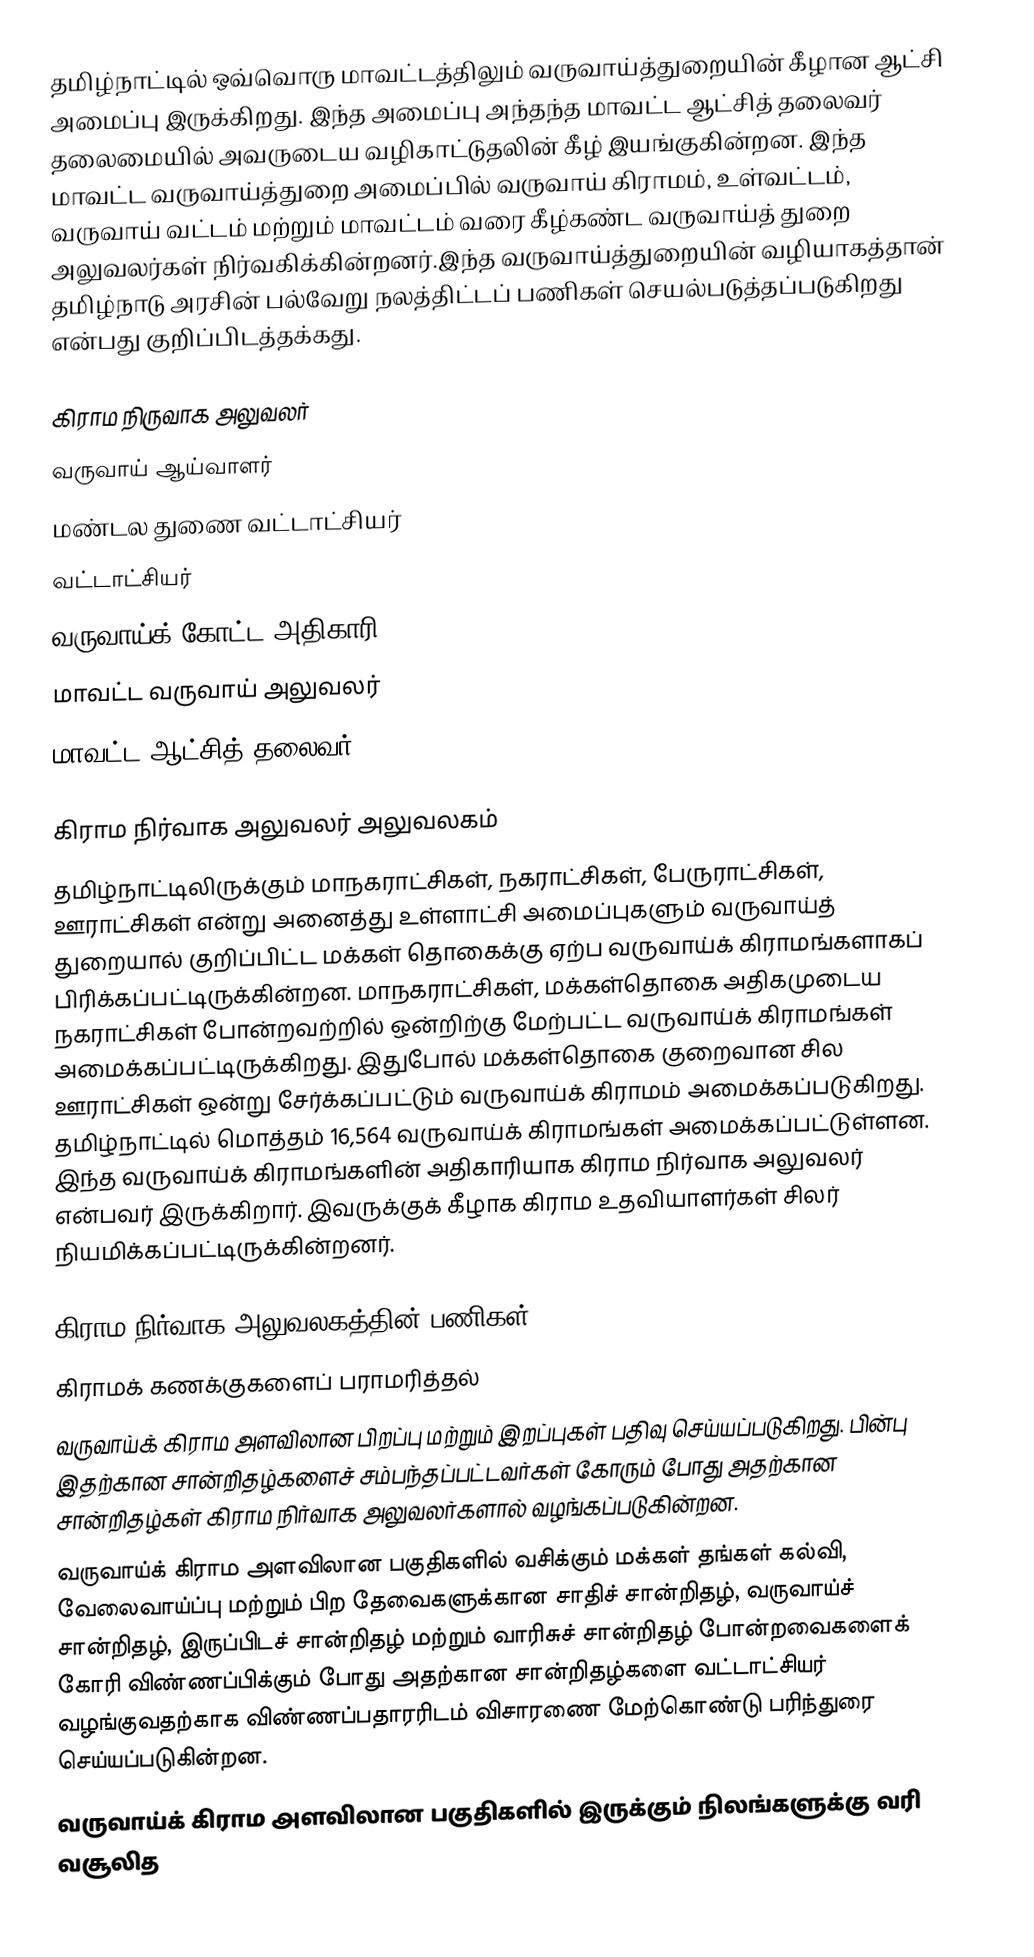
தமிழ்நாட்டில் ஒவ்வொரு மாவட்டத்திலும் வருவாய்த்துறையின் கீழான ஆட்சி அமைப்பு இருக்கிறது. இந்த அமைப்பு அந்தந்த மாவட்ட ஆட்சித் தலைவர் தலைமையில் அவருடைய வழிகாட்டுதலின் கீழ் இயங்குகின்றன. இந்த மாவட்ட வருவாய்த்துறை அமைப்பில் வருவாய் கிராமம், உள்வட்டம், வருவாய் வட்டம் மற்றும்  மாவட்டம் வரை கீழ்கண்ட வருவாய்த் துறை அலுவலர்கள் நிர்வகிக்கின்றனர்.இந்த வருவாய்த்துறையின் வழியாகத்தான் தமிழ்நாடு அரசின் பல்வேறு நலத்திட்டப் பணிகள் செயல்படுத்தப்படுகிறது என்பது குறிப்பிடத்தக்கது.

 கிராம நிருவாக அலுவலர்
 வருவாய் ஆய்வாளர்
 மண்டல துணை வட்டாட்சியர்
 வட்டாட்சியர்
 வருவாய்க் கோட்ட அதிகாரி
 மாவட்ட வருவாய் அலுவலர்
 மாவட்ட ஆட்சித் தலைவர்

கிராம நிர்வாக அலுவலர் அலுவலகம்
தமிழ்நாட்டிலிருக்கும் மாநகராட்சிகள், நகராட்சிகள், பேருராட்சிகள், ஊராட்சிகள் என்று அனைத்து உள்ளாட்சி அமைப்புகளும் வருவாய்த் துறையால் குறிப்பிட்ட மக்கள் தொகைக்கு ஏற்ப வருவாய்க் கிராமங்களாகப் பிரிக்கப்பட்டிருக்கின்றன. மாநகராட்சிகள், மக்கள்தொகை அதிகமுடைய நகராட்சிகள் போன்றவற்றில் ஒன்றிற்கு மேற்பட்ட வருவாய்க் கிராமங்கள் அமைக்கப்பட்டிருக்கிறது. இதுபோல் மக்கள்தொகை குறைவான சில ஊராட்சிகள் ஒன்று சேர்க்கப்பட்டும் வருவாய்க் கிராமம் அமைக்கப்படுகிறது. தமிழ்நாட்டில் மொத்தம் 16,564 வருவாய்க் கிராமங்கள் அமைக்கப்பட்டுள்ளன. இந்த வருவாய்க் கிராமங்களின் அதிகாரியாக கிராம நிர்வாக அலுவலர் என்பவர் இருக்கிறார். இவருக்குக் கீழாக கிராம உதவியாளர்கள் சிலர் நியமிக்கப்பட்டிருக்கின்றனர்.

கிராம நிர்வாக அலுவலகத்தின் பணிகள்
 கிராமக்  கணக்குகளைப் பராமரித்தல்
 வருவாய்க் கிராம அளவிலான  பிறப்பு  மற்றும் இறப்புகள் பதிவு செய்யப்படுகிறது. பின்பு இதற்கான சான்றிதழ்களைச் சம்பந்தப்பட்டவர்கள் கோரும் போது அதற்கான சான்றிதழ்கள் கிராம நிர்வாக அலுவலர்களால் வழங்கப்படுகின்றன.
 வருவாய்க் கிராம அளவிலான பகுதிகளில் வசிக்கும் மக்கள் தங்கள் கல்வி, வேலைவாய்ப்பு மற்றும் பிற தேவைகளுக்கான சாதிச் சான்றிதழ், வருவாய்ச் சான்றிதழ், இருப்பிடச் சான்றிதழ் மற்றும் வாரிசுச் சான்றிதழ் போன்றவைகளைக் கோரி விண்ணப்பிக்கும் போது அதற்கான சான்றிதழ்களை வட்டாட்சியர் வழங்குவதற்காக விண்ணப்பதாரரிடம் விசாரணை மேற்கொண்டு பரிந்துரை செய்யப்படுகின்றன.
 வருவாய்க் கிராம அளவிலான பகுதிகளில் இருக்கும் நிலங்களுக்கு வரி வசூலித